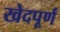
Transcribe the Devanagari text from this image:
खेदपूर्ण